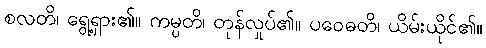
စလတိ၊ ရွေ့ရှား၏။ ကမ္ပတိ၊ တုန်လှုပ်၏။ ပဝေဓတိ၊ ယိမ်းယိုင်၏။